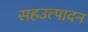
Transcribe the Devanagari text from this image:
सहउत्पादन